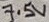
Text: 7.5V